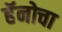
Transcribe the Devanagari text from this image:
हॅनोचा